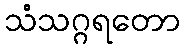
သံသဂ္ဂရတော